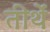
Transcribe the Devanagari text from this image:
तीर्थें